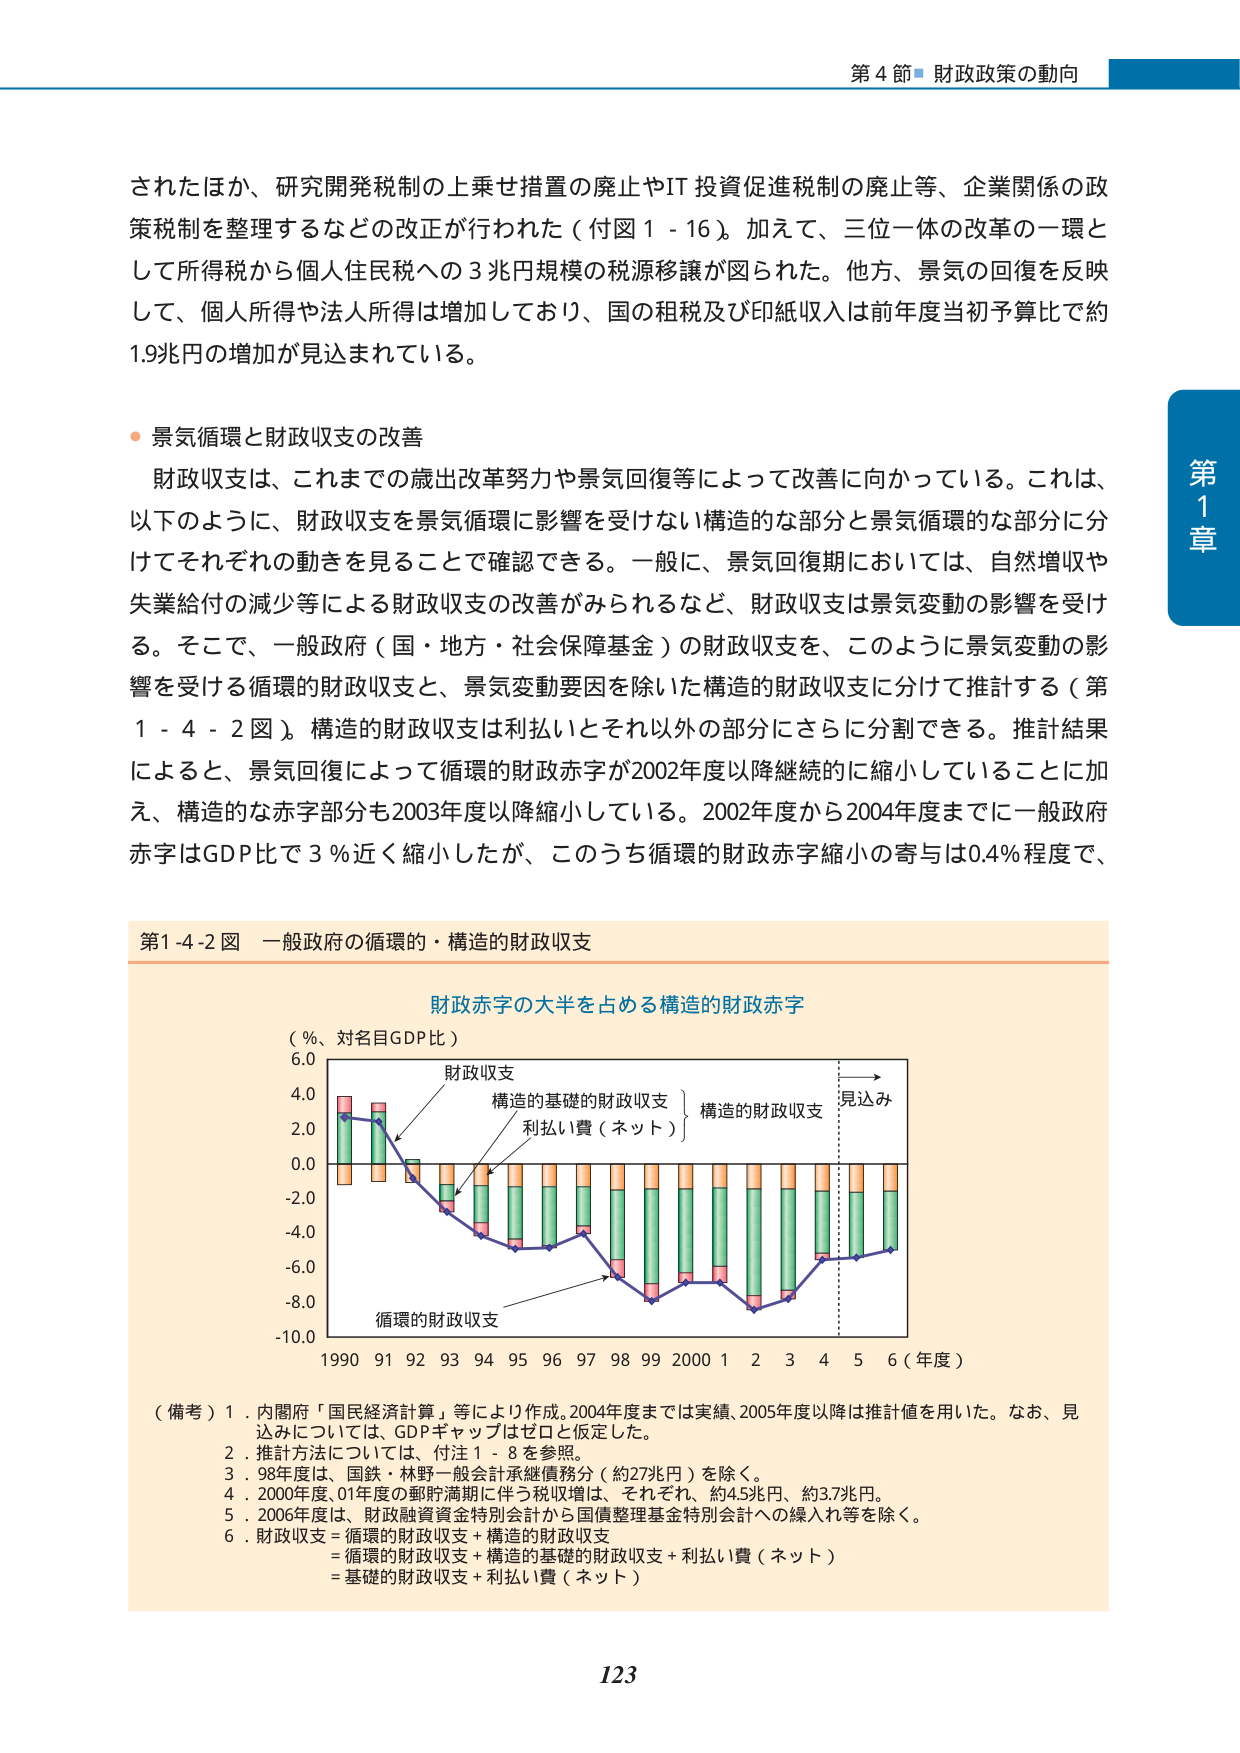
第４節 財政政策の動向

されたほか、研究開発税制の上乗せ措置の廃止やIT投資促進税制の廃止等、企業関係の政策税制を整理するなどの改正が行われた（付図１－１６）。加えて、三位一体の改革の一環として所得税から個人住民税への３兆円規模の税源移譲が図られた。他方、景気の回復を反映して、個人所得や法人所得は増加しており、国の租税及び印紙収入は前年度当初予算比で約１．９兆円の増加が見込まれている。

● 景気循環と財政収支の改善

財政収支は、これまでの歳出改革努力や景気回復等によって改善に向かっている。これは、以下のように、財政収支を景気循環に影響を受けない構造的な部分と景気循環的な部分に分けてそれぞれの動きを見ることで確認できる。一般に、景気回復期においては、自然増収や失業給付の減少等による財政収支の改善がみられるなど、財政収支は景気変動の影響を受ける。そこで、一般政府（国・地方・社会保障基金）の財政収支を、このように景気変動の影響を受ける循環的財政収支と、景気変動要因を除いた構造的財政収支に分けて推計する（第１－４－２図）。構造的財政収支は利払いとそれ以外の部分にさらに分割できる。推計結果によると、景気回復によって循環的財政赤字が２００２年度以降継続的に縮小していることに加え、構造的な赤字部分も２００３年度以降縮小している。２００２年度から２００４年度までに一般政府赤字はGDP比で３％近く縮小したが、このうち循環的財政赤字縮小の寄与は０．４％程度で、

第１－４－２図 一般政府の循環的・構造的財政収支

財政赤字の大半を占める構造的財政赤字

（％、対名目GDP比）

6.0
4.0
2.0
0.0
-2.0
-4.0
-6.0
-8.0
-10.0

財政収支
構造的基礎的財政収支
利払い費（ネット）
構造的財政収支
見込み

循環的財政収支

1990 91 92 93 94 95 96 97 98 99 2000 1 2 3 4 5 6（年度）

（備考）１．内閣府「国民経済計算」等により作成。2004年度までは実績、2005年度以降は推計値を用いた。なお、見込みについては、GDPギャップはゼロと仮定した。
２．推計方法については、付注１－８を参照。
３．98年度は、国鉄・林野一般会計承継債務分（約27兆円）を除く。
４．2000年度、01年度の郵貯満期に伴う税収増は、それぞれ、約4.5兆円、約3.7兆円。
５．2006年度は、財政融資資金特別会計から国債整理基金特別会計への繰入れ等を除く。
６．財政収支＝循環的財政収支＋構造的財政収支
＝循環的財政収支＋構造的基礎的財政収支＋利払い費（ネット）
＝基礎的財政収支＋利払い費（ネット）

第１章

123